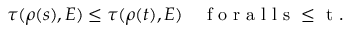
\tau ( \rho ( s ) , E ) \leq \tau ( \rho ( t ) , E ) \quad \mathrm { ~ f ~ o ~ r ~ a ~ l ~ l ~ s ~ \leq ~ t ~ } .